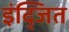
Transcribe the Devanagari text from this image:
इंद्जित